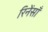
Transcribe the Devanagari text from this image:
रिनेंसाँ